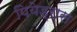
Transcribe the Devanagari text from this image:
पियेड्रास